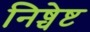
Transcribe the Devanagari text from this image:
निष्चेष्ट